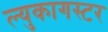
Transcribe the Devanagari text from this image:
ल्युकागस्टर